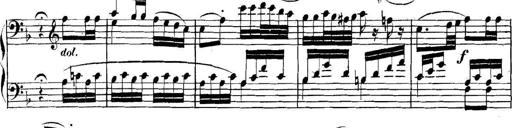
Title: Collected Piano Sonatas
Composer: Muzio Clementi